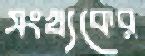
সংখ্যকের